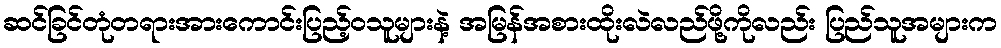
ဆင်ခြင်တုံတရားအားကောင်းပြည့်ဝသူများနဲ့ အမြန်အစားထိုးလဲလည်ဖို့ကိုလည်း ပြည်သူအများက